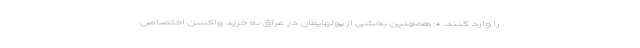
را وارد کنند. *: همچنین بخشی از پولهایمان در عراق به خرید واکسن اختصاص